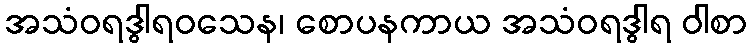
အသံဝရဒွါရဝသေန၊ စောပနကာယ အသံဝရဒွါရ ဝါစာ